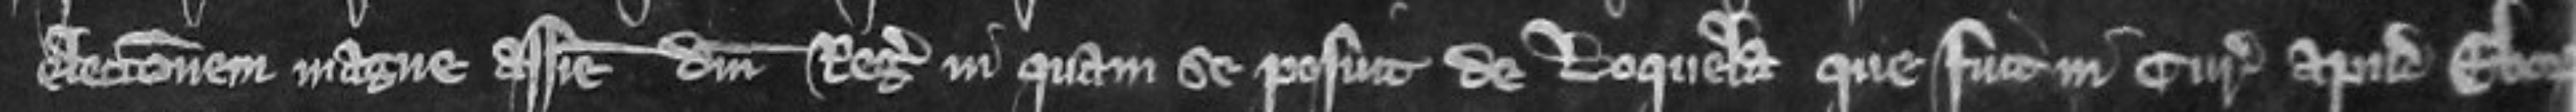
electionem magne assise domini regis in quam se posuit de loquela que fuit in curia apud Eboracum